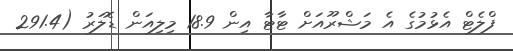
ފްލެޓް އެޅުމުގެ އެ މަޝްރޫއަށް ޓާޓާ އިން 18.9 މިލިއަން ޑޮލަރު (291.4